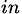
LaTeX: _{in}